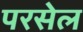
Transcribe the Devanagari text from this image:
परसेल